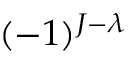
( - 1 ) ^ { J - \lambda }